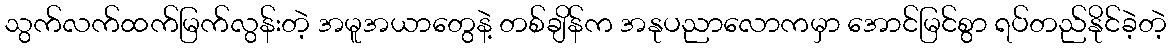
သွက်လက်ထက်မြက်လွန်းတဲ့ အမူအယာတွေနဲ့ တစ်ချိန်က အနုပညာလောကမှာ အောင်မြင်စွာ ရပ်တည်နိုင်ခဲ့တဲ့